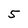
Character: 5